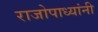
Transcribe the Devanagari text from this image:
राजोपाध्यांनी